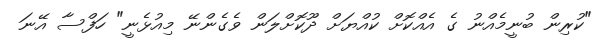
"ކުރިން ބުނީމެއްނު ގެ އެއްކޮށް ކުއްޔަށް ދޫކޮށްލަން ވެގެންނޭ މިއުޅެނީ" ހަފްސާ އޭނަ